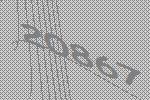
20867